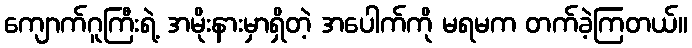
ကျောက်ဂူကြီးရဲ့ အမိုးနားမှာရှိတဲ့ အပေါက်ကို မရမက တက်ခဲ့ကြတယ်။